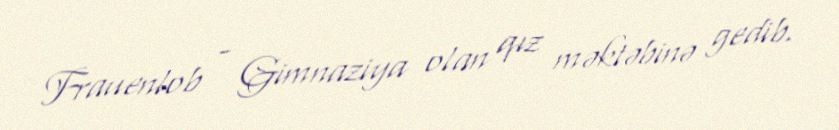
Frauenlob - Gimnaziya olan qız məktəbinə gedib.